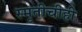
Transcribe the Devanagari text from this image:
स्मृतीचीही